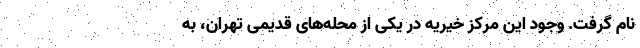
نام گرفت. وجود این مرکز خیریه در یکی از محله‌های قدیمی تهران، به